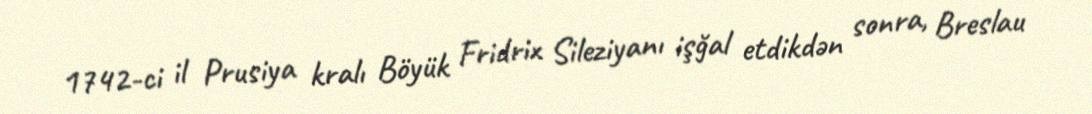
1742-ci il Prusiya kralı Böyük Fridrix Sileziyanı işğal etdikdən sonra, Breslau